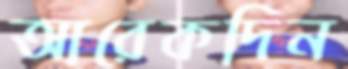
আরেকদিন